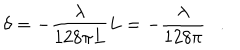
\delta = - \frac { \lambda } { 1 2 8 \pi L } L = - \frac { \lambda } { 1 2 8 \pi } \ \ \ .